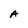
Character: A